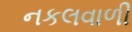
નકલવાળી